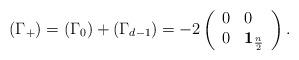
LaTeX: \begin{align*}\left( \Gamma _{+}\right) =\left( \Gamma _{0}\right) +\left( \Gamma_{d-1}\right) =-2\left( \begin{array}{ll}0 & 0 \\ 0 & \mathbf{1}_{\frac{n}{2}}\end{array}\right) .\end{align*}